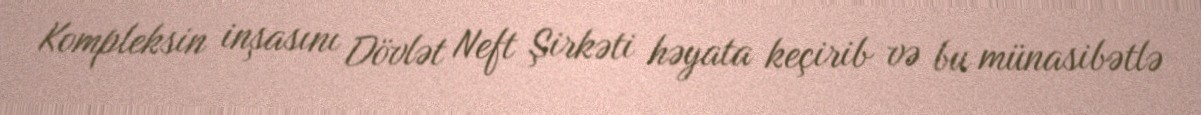
Kompleksin inşasını Dövlət Neft Şirkəti həyata keçirib və bu münasibətlə